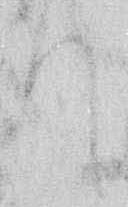
て